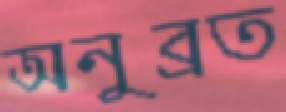
অনুব্রত